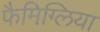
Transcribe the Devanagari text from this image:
फैमिग्लिया